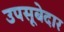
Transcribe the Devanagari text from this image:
उपसूबेदार